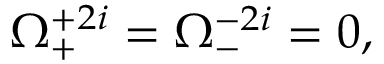
\Omega _ { + } ^ { + 2 i } = \Omega _ { - } ^ { - 2 i } = 0 ,